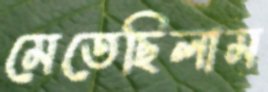
মেতেছিলাম